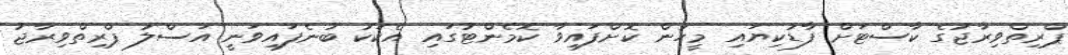
ޕްރިތްވިރާޖުގެ ކާސްޓަށް ފާޑުކިޔައި މީހުން ކޮށްފައިވާ ކޮމެންޓުގައި އެކަކު ބުނެފައިވަނީ އަސްލު ޕްރިތްވިރާޖު